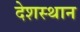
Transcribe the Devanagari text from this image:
देशस्थान